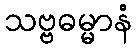
သဗ္ဗဓမ္မာနံ